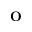
\textbf { O }